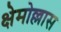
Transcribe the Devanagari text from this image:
क्षेमोल्लास